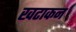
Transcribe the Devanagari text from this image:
खटाकन